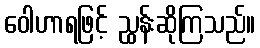
ဝေါဟာရဖြင့် ညွှန်းဆိုကြသည်။